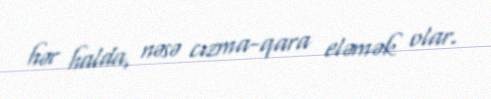
hər halda, nəsə cızma-qara eləmək olar.